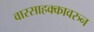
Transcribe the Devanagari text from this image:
वारसाहक्कावरुन